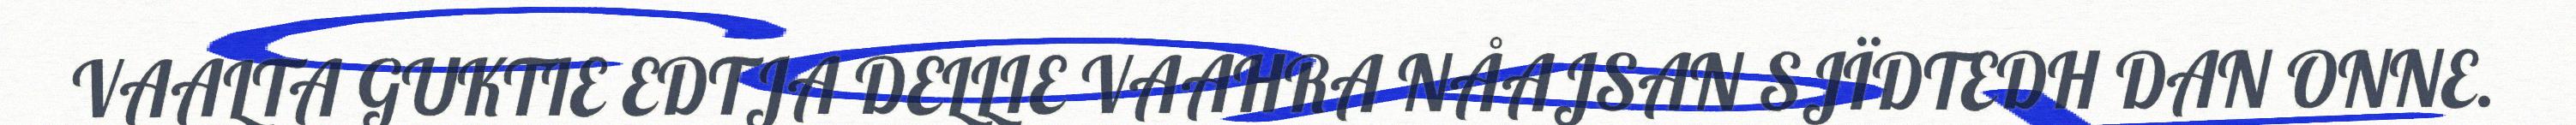
VAALTA GUKTIE EDTJA DELLIE VAAHRA NÅAJSAN SJÏDTEDH DAN ONNE.